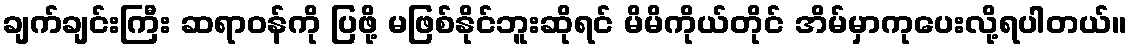
ချက်ချင်းကြီး ဆရာဝန်ကို ပြဖို့ မဖြစ်နိုင်ဘူးဆိုရင် မိမိကိုယ်တိုင် အိမ်မှာကုပေးလို့ရပါတယ်။